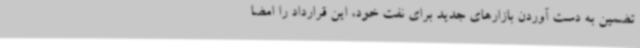
تضمین به دست آوردن بازارهای جدید برای نفت خود، این قرارداد را امضا